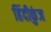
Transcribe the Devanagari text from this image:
हिंदीकुंज